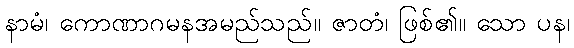
နာမံ၊ ကောဏာဂမနအမည်သည်။ ဇာတံ၊ ဖြစ်၏။ သော ပန၊